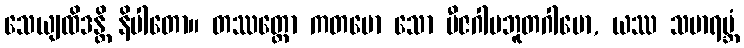
သေယျထိဒန္တိ နိပါတော။ တဿတ္ထော ကတမော သော ဗီဇဂါမဘူတဂါမော, ယဿ သမာရမ္ဘံ